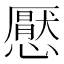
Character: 懕